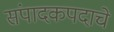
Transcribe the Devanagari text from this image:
संपादकपदाचे